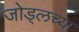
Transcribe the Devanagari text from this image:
जोड्लच्या